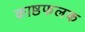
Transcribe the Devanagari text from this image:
काष्ठफलक